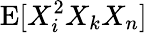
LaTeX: \operatorname{E}[X_{i}^{2}X_{k}X_{n}]